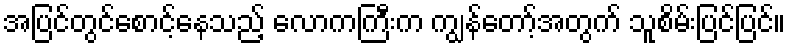
အပြင်တွင်စောင့်နေသည့် လောကကြီးက ကျွန်တော့်အတွက် သူစိမ်းပြင်ပြင်။